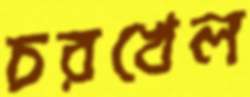
চরখেল